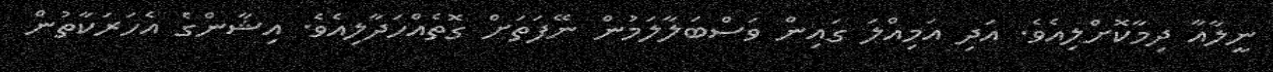
ނީލާއާ ދިމާކޮށްލިއެވެ. އަދި އަމިއްލަ ގައިން ވަސްބަލާލަމުން ނޭފަތަށް ގޮތެއްހަދާލިއެވެ. އިޝާންގެ އެހަރަކާތުން